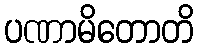
ပဏာမိတောတိ